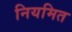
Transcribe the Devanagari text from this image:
नियमित